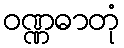
ဝဏ္ဏဓာတုံ